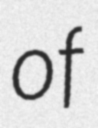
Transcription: of